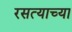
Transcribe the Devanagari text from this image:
रसत्याच्या